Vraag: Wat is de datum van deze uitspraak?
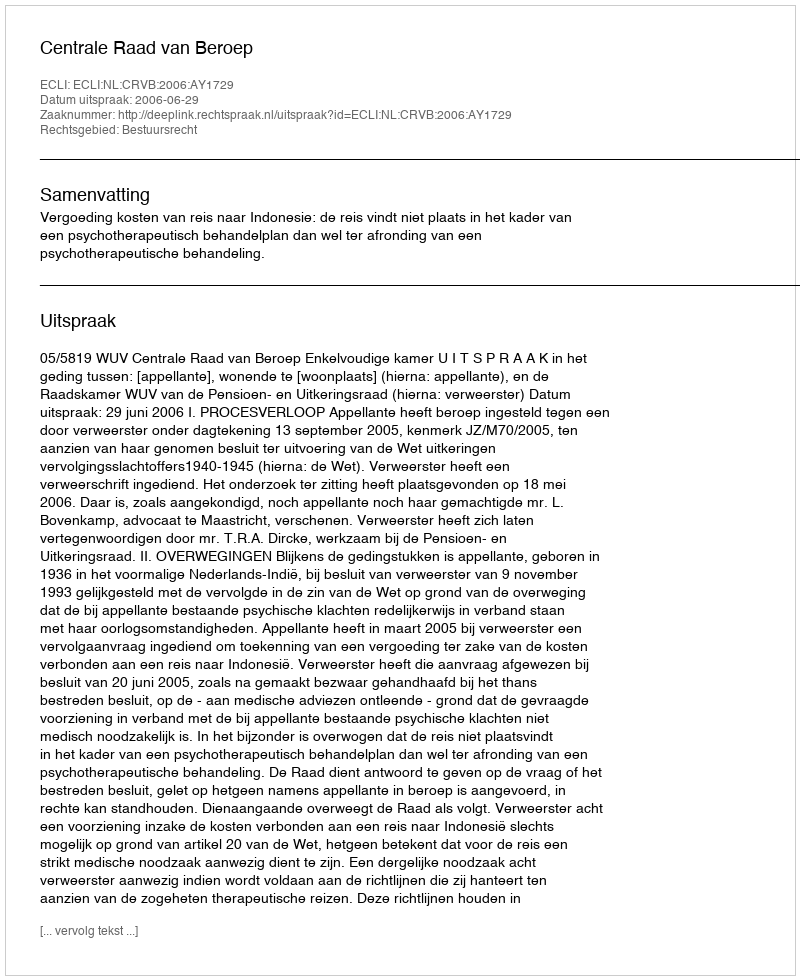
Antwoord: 2006-06-29